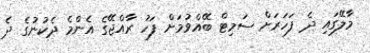
މާލޭގައި ދެ ފަހަރަށް ސަމިޓް ބޭއްވުމަށް ފަހު ރާއްޖޭގެ އެންމެ ދެކުނުގެ ދެ